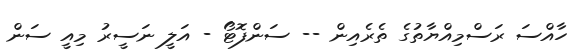
ހާއްސަ ރަސްމިއްޔާތުގެ ތެރެއިން -- ސަންފޮޓޯ - އަލީ ނަސީރު މިއީ ސަން